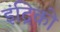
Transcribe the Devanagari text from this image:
इंद्रिको